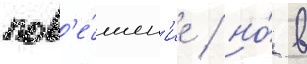
пов'е́шен'ие / но́ в